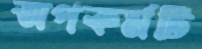
অপকর্মটি